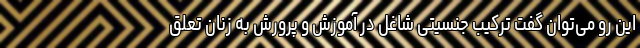
این رو می‌توان گفت ترکیب جنسیتی شاغل در آموزش و پرورش به زنان تعلق